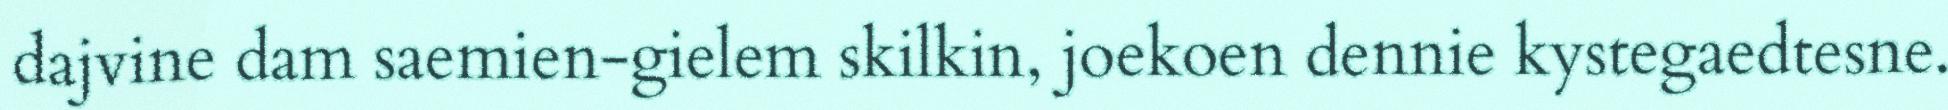
dajvine dam saemien-gielem skilkin, joekoen dennie kystegaedtesne.